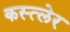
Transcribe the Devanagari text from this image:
कस्त्लेर